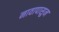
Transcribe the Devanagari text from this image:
नावापासुन